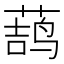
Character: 𱾎